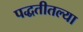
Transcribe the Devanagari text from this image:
पद्धतीतल्या